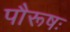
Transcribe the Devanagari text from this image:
पौरूषः